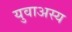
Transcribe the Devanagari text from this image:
युवाअस्य